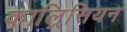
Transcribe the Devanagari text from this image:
काल्रिसियन